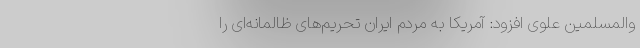
والمسلمین علوی افزود: آمریکا به مردم ایران تحریم‌های ظالمانه‌ای را